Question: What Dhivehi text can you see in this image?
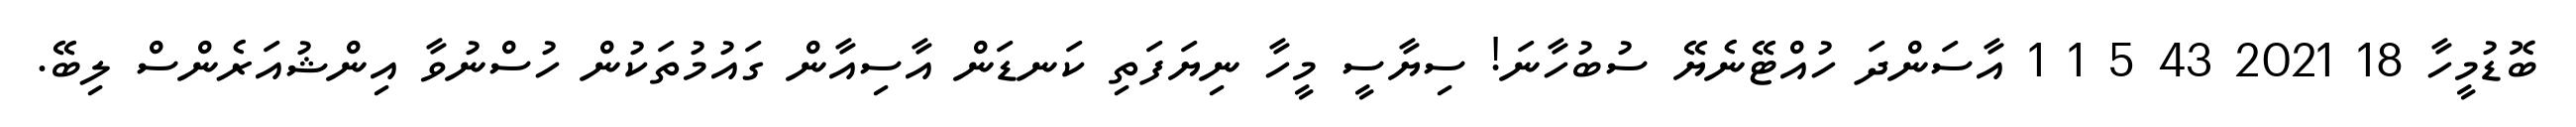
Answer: ބޮޑުމީހާ 18 2021 43 5 1 1 އާސަންދަ ހުއްޓޭނެޔޭ ސުބުހާނަ! ސިޔާސީ މީހާ ނިޔަފަތި ކަނޑަން އާސިއާން ގައުމުތަކުން ހުސްނުވާ އިންޝުއަރެންސް ލިބޭ.